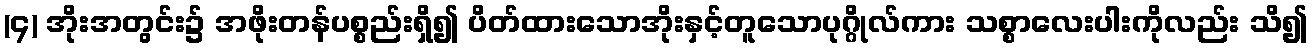
(၄) အိုးအတွင်း၌ အဖိုးတန်ပစ္စည်းရှိ၍ ပိတ်ထားသောအိုးနှင့်တူသောပုဂ္ဂိုလ်ကား သစ္စာလေးပါးကိုလည်း သိ၍